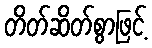
တိတ်ဆိတ်စွာဖြင့်